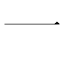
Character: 一